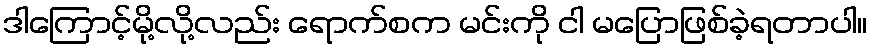
ဒါကြောင့်မို့လို့လည်း ရောက်စက မင်းကို ငါ မပြောဖြစ်ခဲ့ရတာပါ။